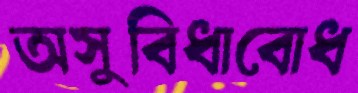
অসুবিধাবোধ